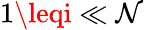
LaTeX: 1\leqi\ll\mathcal{N}